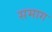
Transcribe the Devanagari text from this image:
समाग